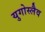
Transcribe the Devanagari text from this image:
युगोस्लैव